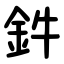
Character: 鈝